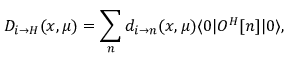
D _ { i \to H } ( x , \mu ) = \sum _ { n } d _ { i \to n } ( x , \mu ) \langle 0 | { \cal O } ^ { H } [ n ] | 0 \rangle ,